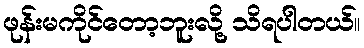
ဖုန်းမကိုင်တော့ဘူးလို့ သိရပါတယ်။